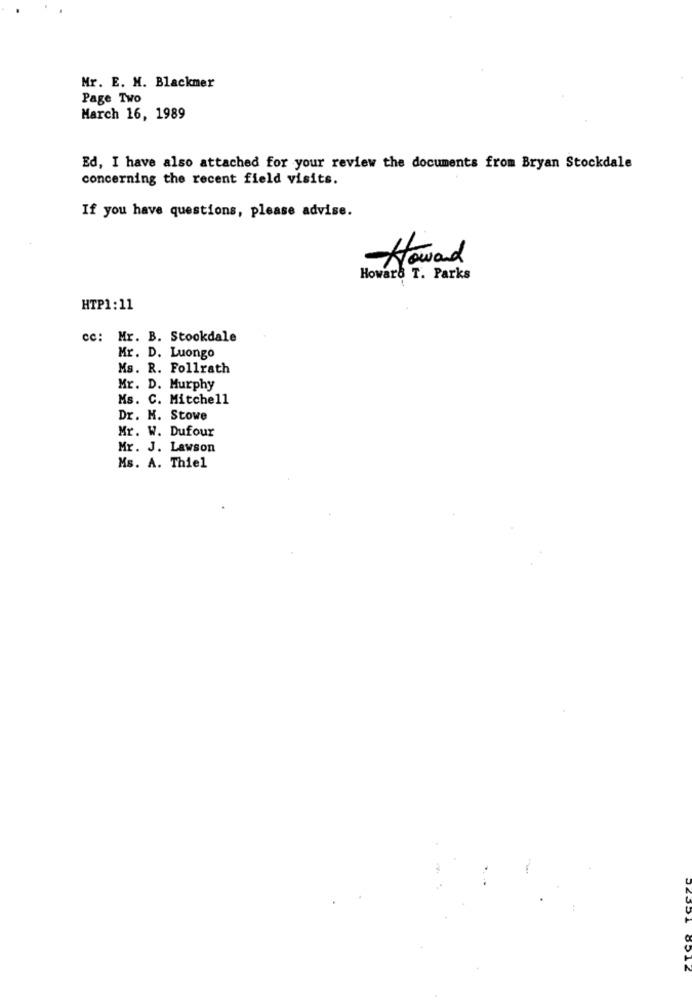
Mr. E. M. Blackmer
Page Two
March 16, 1989
Ed, I have also attached for your review the documents from Bryan Stockdale
concerning the recent field visits.
If you have questions, please advise.
Howard
Howard T. Parks
HTP1:11
cc: Mr. B. Stockdale
Mr. D. Luongo
Ms. R. Follrath
Mr. D. Murphy
Ms. C. Mitchell
Dr. H. Stowe
Mr. W. Dufour
Mr. J. Lawson
Ms. A. Thiel